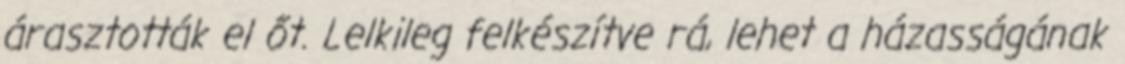
árasztották el őt. Lelkileg felkészítve rá, lehet a házasságának